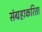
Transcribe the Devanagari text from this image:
संग्रहाकरिता